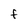
Character: F